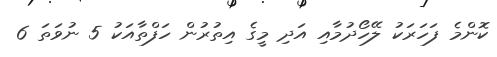
ކޮންމެ ފަހަރަކު ލޭހޯދުމާއި އަދި މީގެ އިތުރުން ހަފްތާއަކު 5 ނުވަތަ 6